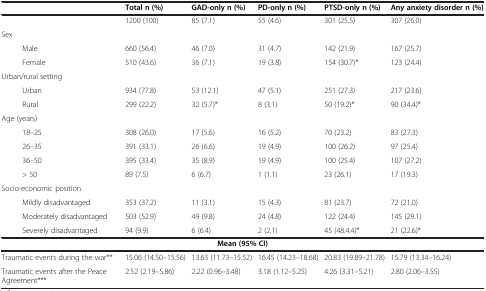
<table><thead><tr><td><b> </b></td><td><b>Total n (%)</b></td><td><b>GAD-only n (%)</b></td><td><b>PD-only n (%)</b></td><td><b>PTSD-only n (%)</b></td><td><b>Any anxiety disorder n (%)</b></td></tr></thead><tbody><tr><td> </td><td>1200 (100)</td><td>85 (7.1)</td><td>55 (4.6)</td><td>301 (25.5)</td><td>307 (26.0)</td></tr><tr><td>Sex</td><td> </td><td> </td><td> </td><td> </td><td> </td></tr><tr><td>Male</td><td>660 (56.4)</td><td>46 (7.0)</td><td>31 (4.7)</td><td>142 (21.9)</td><td>167 (25.7)</td></tr><tr><td>Female</td><td>510 (43.6)</td><td>36 (7.1)</td><td>19 (3.8)</td><td>154 (30.7)*</td><td>123 (24.4)</td></tr><tr><td>Urban/rural setting</td><td> </td><td> </td><td> </td><td> </td><td> </td></tr><tr><td>Urban</td><td>934 (77.8)</td><td>53 (12.1)</td><td>47 (5.1)</td><td>251 (27.3)</td><td>217 (23.6)</td></tr><tr><td>Rural</td><td>299 (22.2)</td><td>32 (5.7)*</td><td>8 (3.1)</td><td>50 (19.2)*</td><td>90 (34.4)*</td></tr><tr><td>Age (years)</td><td> </td><td> </td><td> </td><td> </td><td> </td></tr><tr><td>18–25</td><td>308 (26.0)</td><td>17 (5.6)</td><td>16 (5.2)</td><td>70 (23.2)</td><td>83 (27.3)</td></tr><tr><td>26–35</td><td>391 (33.1)</td><td>26 (6.6)</td><td>19 (4.9)</td><td>100 (26.2)</td><td>97 (25.4)</td></tr><tr><td>36–50</td><td>395 (33.4)</td><td>35 (8.9)</td><td>19 (4.9)</td><td>100 (25.4)</td><td>107 (27.2)</td></tr><tr><td>&gt; 50</td><td>89 (7.5)</td><td>6 (6.7)</td><td>1 (1.1)</td><td>23 (26.1)</td><td>17 (19.3)</td></tr><tr><td>Socio-economic position</td><td> </td><td> </td><td> </td><td> </td><td> </td></tr><tr><td>Mildly disadvantaged</td><td>353 (37.2)</td><td>11 (3.1)</td><td>15 (4.3)</td><td>81 (23.7)</td><td>72 (21.0)</td></tr><tr><td>Moderately disadvantaged</td><td>503 (52.9)</td><td>49 (9.8)</td><td>24 (4.8)</td><td>122 (24.4)</td><td>145 (29.1)</td></tr><tr><td>Severely disadvantaged</td><td>94 (9.9)</td><td>6 (6.4)</td><td>2 (2.1)</td><td>45 (48.4.4)*</td><td>21 (22.6)*</td></tr><tr><td colspan="2"> </td><td><b>Mean (95% CI)</b></td><td colspan="3"> </td></tr><tr><td>Traumatic events during the war**</td><td>15.06 (14.50–15.56)</td><td>13.63 (11.73–15.52)</td><td>16.45 (14.23–18.68)</td><td>20.83 (19.89–21.78)</td><td>15.79 (13.34–16.24)</td></tr><tr><td>Traumatic events after the Peace Agreement***</td><td>2.52 (2.19–5.86)</td><td>2.22 (0.96–3.48)</td><td>3.18 (1.12–5.25)</td><td>4.26 (3.31–5.21)</td><td>2.80 (2.06–3.55)</td></tr></tbody></table>